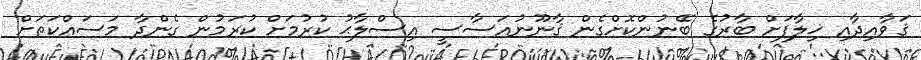
ޤަވާއިދާއި ޚިލާފަށް ބާރުގެ ބޭނުންކޮށްގެން ޤާނޫނުއަސާސީ އިސްލާޙު ކުރުމަށް ކުރަމުން ގެންދާ މަސައްކަތަށް